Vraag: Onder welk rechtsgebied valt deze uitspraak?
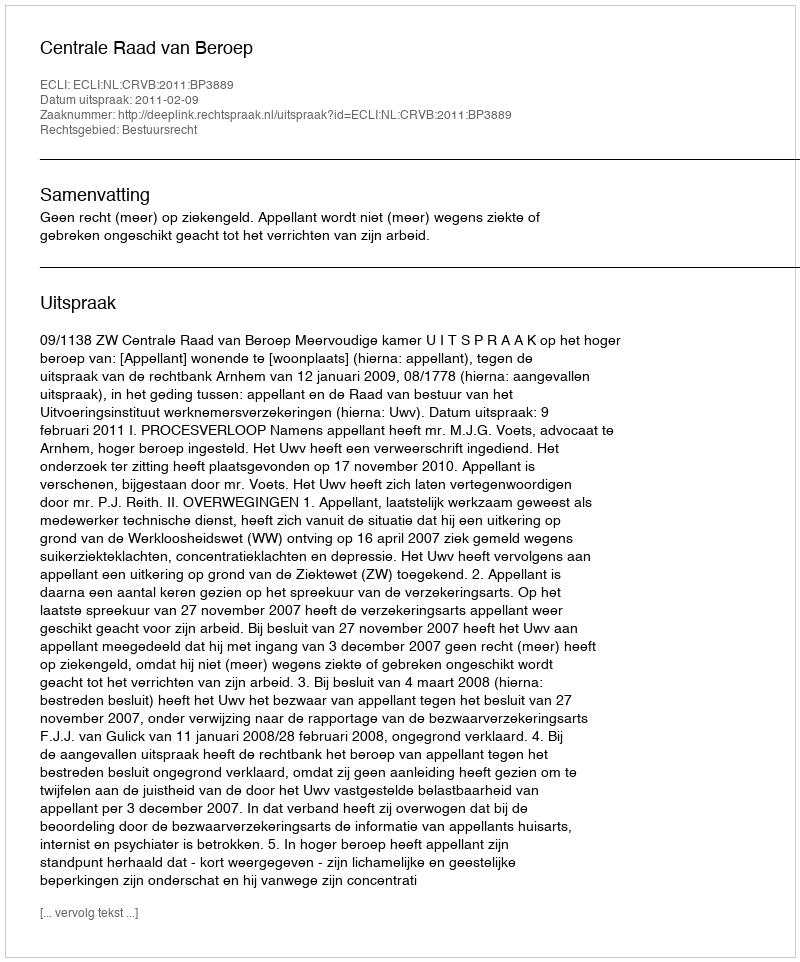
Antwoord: Bestuursrecht